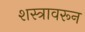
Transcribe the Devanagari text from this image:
शस्त्रावरून